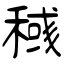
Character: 稶